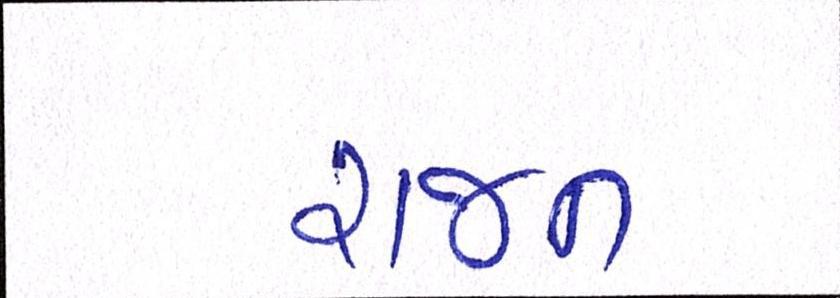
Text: રાજન